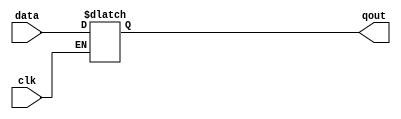
module latch_8(qout,data,clk);
output[7:0] qout;
input[7:0] data;
input clk;
reg[7:0] qout;

always @(clk or data)
begin
if (clk) qout<=data;
end
endmodule